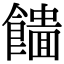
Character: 𩞮